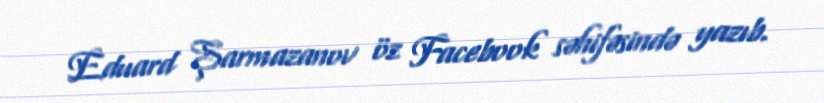
Eduard Şarmazanov öz Facebook səhifəsində yazıb.